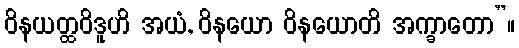
ဝိနယတ္ထဝိဒူဟိ အယံ, ဝိနယော ဝိနယောတိ အက္ခာတော”။